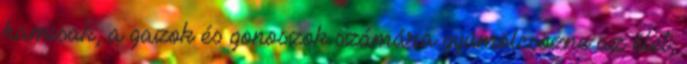
hamisak, a gazok és gonoszok számára gyümölcsözne az élet;